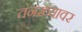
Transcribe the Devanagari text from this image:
तनख्यावर